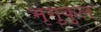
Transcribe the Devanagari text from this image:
भृगुकुल